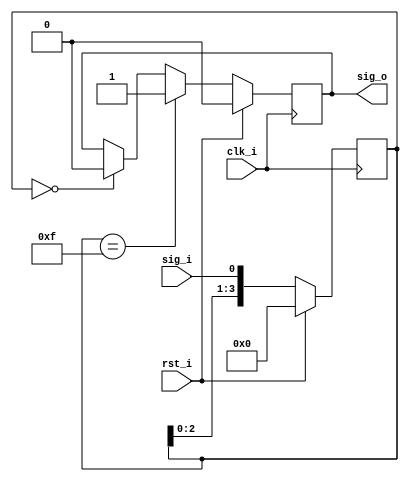
module debouncer_3
#(
    parameter DEBOUNCER_LEN = 4
)
(
    input       clk_i,
    input       rst_i,
    input       sig_i,
    output reg  sig_o
);
reg [DEBOUNCER_LEN-1:0] shift_reg;
always @(posedge clk_i)
begin
    if(rst_i == 1)
    begin
        shift_reg   <= 0;
        sig_o       <= 0;
    end
    else
    begin
        shift_reg <= {shift_reg[DEBOUNCER_LEN-2:0], sig_i};
        if(shift_reg == {DEBOUNCER_LEN{1'b1}})
        begin
            sig_o <= 1'b1;
        end
        else if(shift_reg == {DEBOUNCER_LEN{1'b0}})
        begin
            sig_o <= 1'b0;
        end
    end
end
endmodule